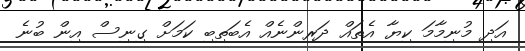
އަދި މުނިމާމަ ކިޔާ އެތައް ދަރިންނެއް އެބަތިބި ކަމަށް ގިނިސް އިން ބުނެ